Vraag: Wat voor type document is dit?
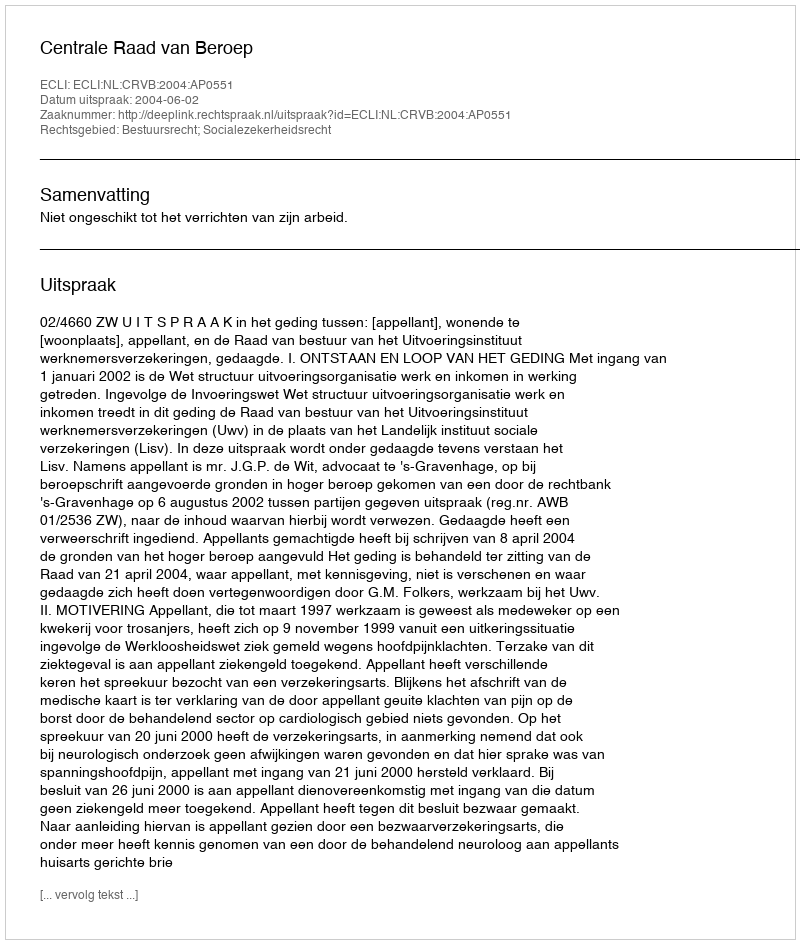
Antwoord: Uitspraak